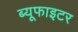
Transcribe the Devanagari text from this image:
ब्यूफाइटर